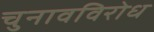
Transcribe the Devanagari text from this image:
चुनावविरोध